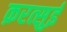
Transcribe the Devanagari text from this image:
क़रत्सुई